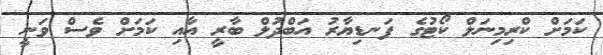
ކަމަށް ކްރިމިނަލް ކޯޓުގެ ފަނޑިޔާރު އަބްދުލް ބާރީ އާއި ކަމަށް ވެސް ވަނީ